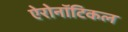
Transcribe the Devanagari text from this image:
ऐरोनॉटिकल